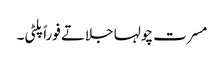
مسرت چولہا جلاتے فوراً پلٹی۔